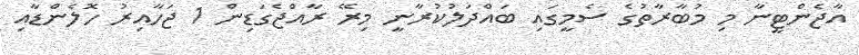
އާޖެންޓީނާ މި މުބާރާތުގެ ސެމީގައި ބައްދަލުކުރާނީ މިރޭ ރާއްޖެގަޑިން 1 ޖަހާއިރު ހޮލެންޑާއި